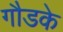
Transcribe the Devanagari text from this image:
गौडके